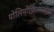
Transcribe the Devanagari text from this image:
पोलिमोर्फ़िज्मकाम